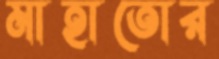
মাহাতোর